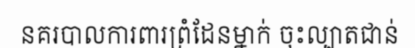
នគរបាលការពារព្រំដែនម្នាក់ ចុះល្បាតជាន់